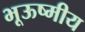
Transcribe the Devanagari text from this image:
भूऊष्मीय